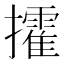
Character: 攉